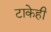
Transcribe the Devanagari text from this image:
टाकेही